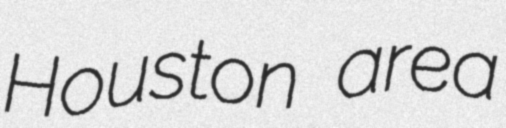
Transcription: Houston area